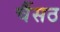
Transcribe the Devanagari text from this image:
चैंसठ